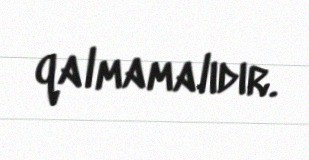
qalmamalıdır.